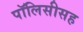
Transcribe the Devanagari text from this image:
पॉलिसीसह